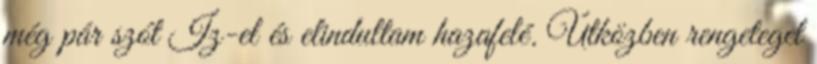
még pár szót Iz-el és elindultam hazafelé. Útközben rengeteget